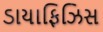
ડાયાફિઝિસ